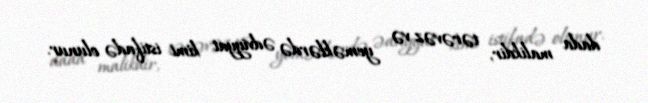
dada malikdir, tərəvəz və yeməklərdə ədviyyat kimi istifadə olunur.